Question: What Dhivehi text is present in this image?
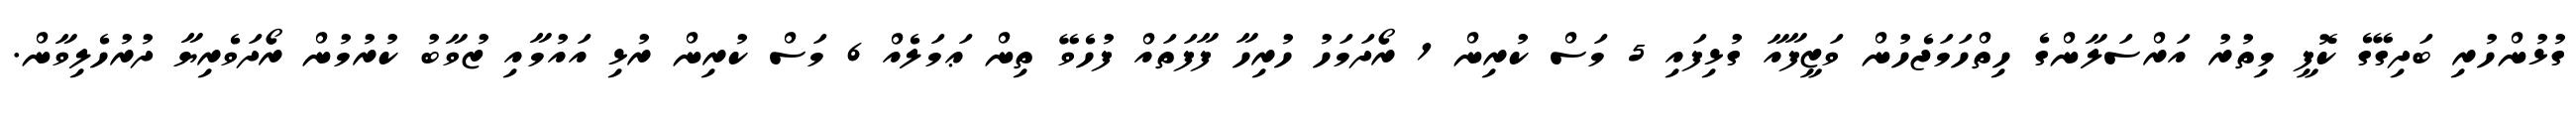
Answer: ގުޅުންހުރި ބަދިގޭގެ ކޮފީ މިތުރު އަރްސަލާންގެ ހިތްހަމަޖެހުން ވަޒީފާއާ ގުޅިފައި 5 މަސް ކުރިން 1 ރޯދަމަހު ހުރިހާ ފާފަތައް ފުހެވޭ ތިން ޢަމަލެއް 6 މަސް ކުރިން ރުޅި އައުމާއި ޒުވާބު ކުރުމުން ރޯދަވެރިޔާ ދުރުހެލިވާން.